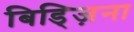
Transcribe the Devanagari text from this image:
बिड्ज़िना